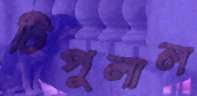
টিপুলাল